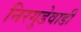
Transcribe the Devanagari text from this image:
निरगुडेवाडी